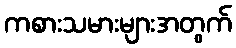
ကစားသမားများအတွက်